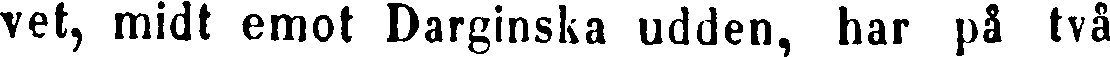
vet, midt emot Darginska udden, har på två